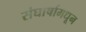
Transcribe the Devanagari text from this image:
संघार्षामधून